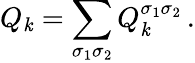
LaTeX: Q_{\mathit{k}}=\sum_{\sigma_{1}\sigma_{2}}Q_{\mathit{k}}^{\sigma_{1}\sigma_{2}}\, .